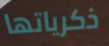
ذكرياتها